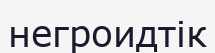
негроидтік